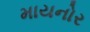
માયનોર